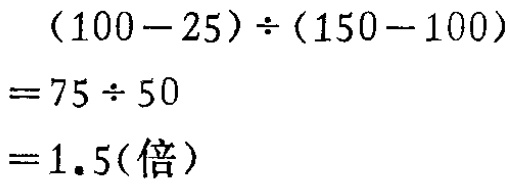
\[(100 - 25) \div (150 - 100)\\
= 75 \div 50\\
= 1.5(\text{倍})\]